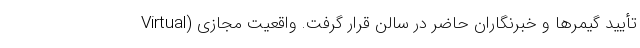
تأیید گیمرها و خبرنگاران حاضر در سالن قرار گرفت. واقعیت مجازی (Virtual